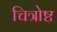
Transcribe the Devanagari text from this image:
चित्रोष्ट